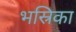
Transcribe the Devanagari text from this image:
भस्रिका